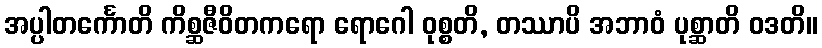
အပ္ပါတင်္ကောတိ ကိစ္ဆဇီဝိတကရော ရောဂေါ ဝုစ္စတိ, တဿာပိ အဘာဝံ ပုစ္ဆာတိ ဝဒတိ။